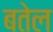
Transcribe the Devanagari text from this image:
बतेल